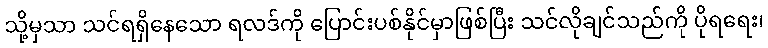
သို့မှသာ သင်ရရှိနေသော ရလဒ်ကို ပြောင်းပစ်နိုင်မှာဖြစ်ပြီး သင်လိုချင်သည်ကို ပိုရရေး၊